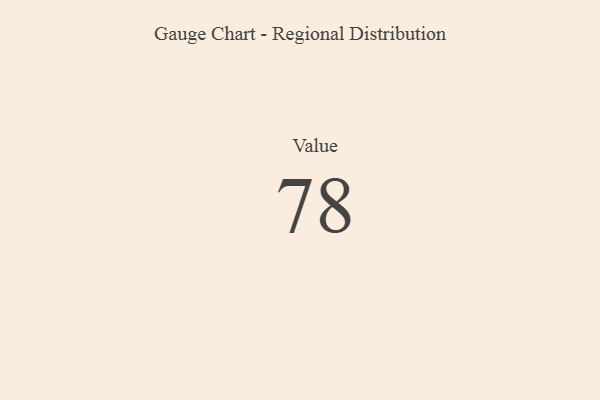
{"axis": {"x": "Metric", "y": "Value"}, "legend": [""], "data": [{"x": "Value", "y": 78, "type": ""}]}